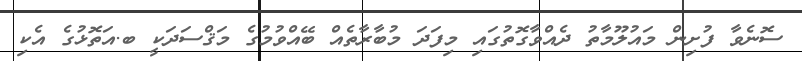
ސޮނެވާ ފުށިން މައުލޫމާތު ދެއްވާގޮތުގައި މިފަދަ މުބާރާތެއް ބޭއްވުމުގެ މަޤްސަދަކީ ބ.އަތޮޅުގެ އެކި